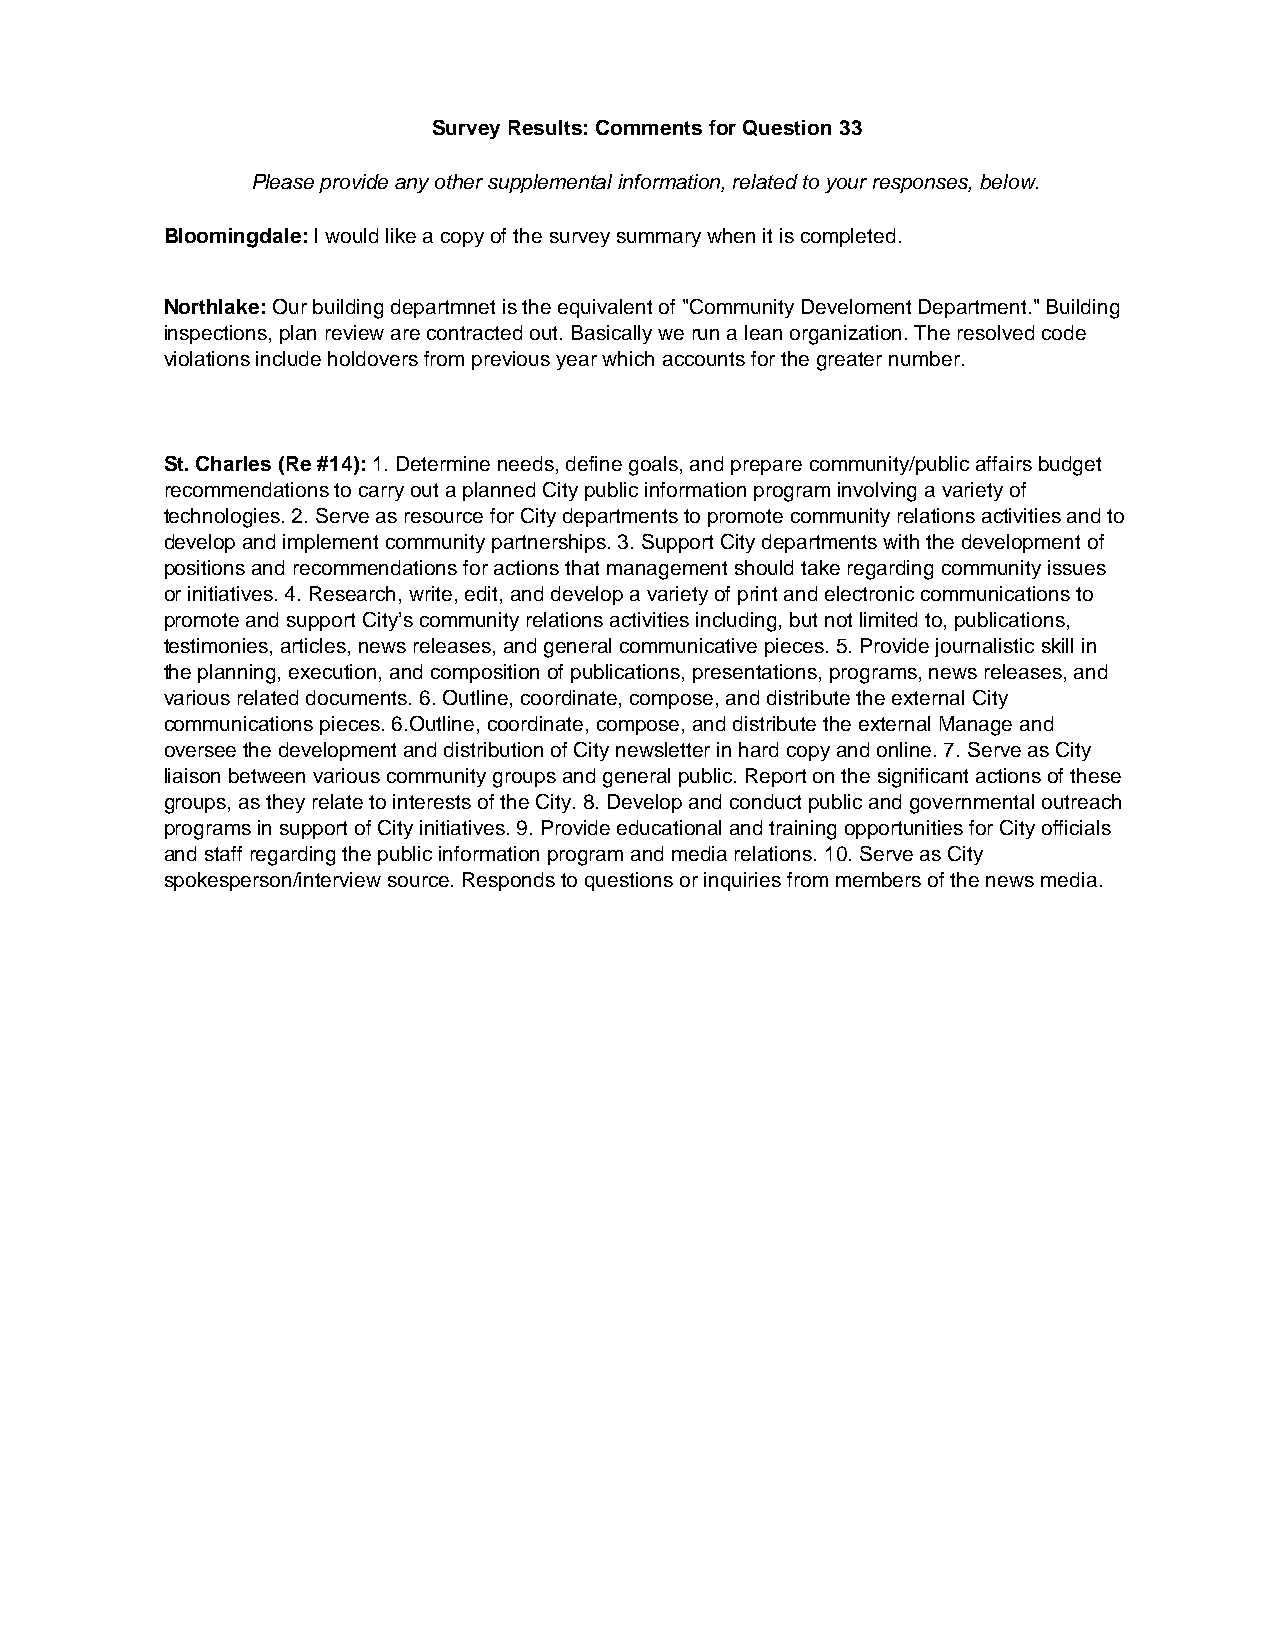
Survey Results: Comments for Question 33
 Please provide any other supplemental information, related to your responses, below.
 Bloomingdale: I would like a copy of the survey summary when it is completed.
 Northlake: Our building departmnet is the equivalent of "Community Develoment Department." Building
 inspections, plan review are contracted out. Basically we run a lean organization. The resolved code
 violations include holdovers from previous year which accounts for the greater number.
 St. Charles (Re #14): 1. Determine needs, define goals, and prepare community/public affairs budget
 recommendations to carry out a planned City public information program involving a variety of
 technologies. 2. Serve as resource for City departments to promote community relations activities and to
 develop and implement community partnerships. 3. Support City departments with the development of
 positions and recommendations for actions that management should take regarding community issues
 or initiatives. 4. Research, write, edit, and develop a variety of print and electronic communications to
 promote and support City’s community relations activities including, but not limited to, publications,
 testimonies, articles, news releases, and general communicative pieces. 5. Provide journalistic skill in
 the planning, execution, and composition of publications, presentations, programs, news releases, and
 various related documents. 6. Outline, coordinate, compose, and distribute the external City
 communications pieces. 6.Outline, coordinate, compose, and distribute the external Manage and
 oversee the development and distribution of City newsletter in hard copy and online. 7. Serve as City
 liaison between various community groups and general public. Report on the significant actions of these
 groups, as they relate to interests of the City. 8. Develop and conduct public and governmental outreach
 programs in support of City initiatives. 9. Provide educational and training opportunities for City officials
 and staff regarding the public information program and media relations. 10. Serve as City
 spokesperson/interview source. Responds to questions or inquiries from members of the news media.